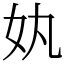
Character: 𡚺